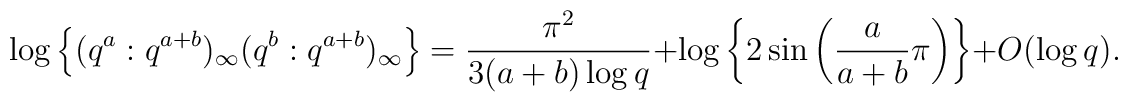
\log \left\{    (q^a:q^{a+b})_{\infty}(q^b:q^{a+b})_{\infty}    \right\}  = \frac{\pi^{2}}{3(a+b)\log q}       + \log \left\{2 \sin       \left( \frac{a}{a+b}  \pi \right)       \right\} + O(\log q).